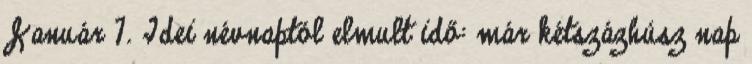
Január 7. Idei névnaptól elmult idő: már kétszázhúsz nap